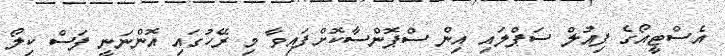
އެސްޓީއޯގެ ފިއުލް ސަޕްލައި އިން ސްޕޮންސާކޮށްފައިވާ މި ރޭހުގައި އޮންނަނީ ފަސް ކިލޯ